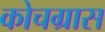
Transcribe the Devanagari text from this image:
कोचग्रास